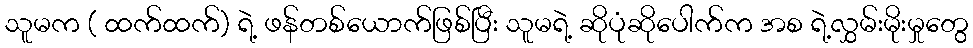
သူမက ( ထက်ထက်) ရဲ့ ဖန်တစ်ယောက်ဖြစ်ပြီး သူမရဲ့ ဆိုပုံဆိုပေါက်က အစ ရဲ့လွှမ်းမိုးမှုတွေ